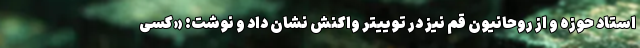
استاد حوزه و از روحانیون قم نیز در توییتر واکنش نشان داد و نوشت: «کسی